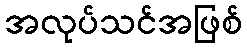
အလုပ်သင်အဖြစ်